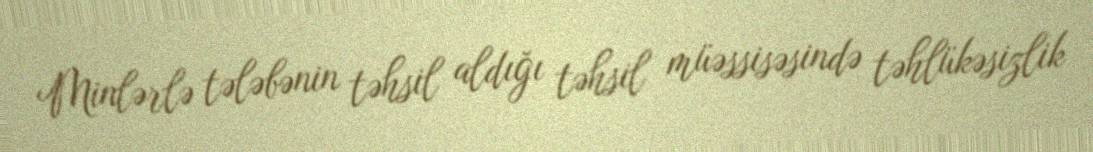
Minlərlə tələbənin təhsil aldığı təhsil müəssisəsində təhlükəsizlik